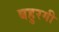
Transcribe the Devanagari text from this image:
बहुरगी